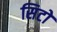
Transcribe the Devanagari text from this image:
सिटों